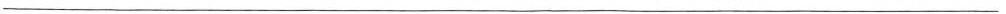
___